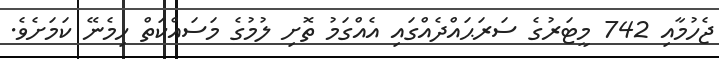
ޖެހުމާއި 742 މީޓަރުގެ ސަރަޙައްދެއްގައި އެއްގަމު ތޮށި ލުމުގެ މަސައްކަތް ހިމެނޭ ކަމަށެވެ.